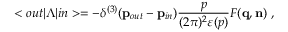
< o u t | \Lambda | i n > = - \delta ^ { ( 3 ) } ( { \bf p } _ { o u t } - { \bf p } _ { i n } ) \frac { p } { ( 2 \pi ) ^ { 2 } \varepsilon ( p ) } F ( { \bf q , n } ) ~ ,